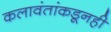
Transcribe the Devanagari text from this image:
कलावंतांकडूनही